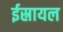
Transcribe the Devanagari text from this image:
ईस्रायल